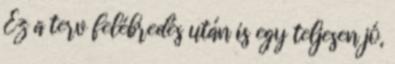
Ez a terv felébredés után is egy teljesen jó,